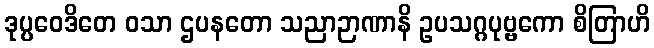
ဒုပ္ပဝေဒိတေ ဝသာ ဌပနတော သညာဉာဏာနိ ဥပသဂ္ဂပုဗ္ဗကော စိတြာဟိ